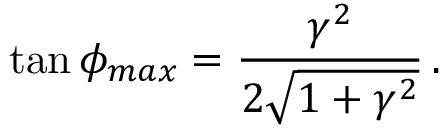
\tan \phi _ { m a x } = \frac { \gamma ^ { 2 } } { 2 \sqrt { 1 + \gamma ^ { 2 } } } \, .